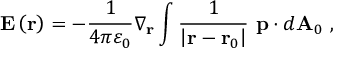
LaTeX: \mathbf { E } \left( \mathbf { r } \right) = - { \frac { 1 } { 4 \pi \varepsilon _ { 0 } } } \nabla _ { \mathbf { r } } \int { \frac { 1 } { \left| \mathbf { r } - \mathbf { r } _ { 0 } \right| } } \ \mathbf { p } \cdot d \mathbf { A } _ { 0 } \ ,